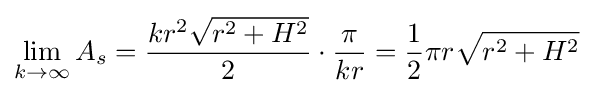
\lim _{k\rightarrow \infty }A_{s}={kr^{2}{\sqrt {r^{2}+H^{2}}} \over 2}\cdot {\pi  \over kr}={1 \over 2}\pi r{\sqrt {r^{2}+H^{2}}}